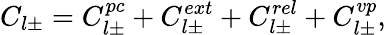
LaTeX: C_{l\pm}=C_{l\pm}^{pc}+C_{l\pm}^{ext}+C_{l\pm}^{rel}+C_{l\pm}^{vp},